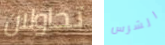
تحاولان الشرس